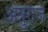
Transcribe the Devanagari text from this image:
अन्नुराज